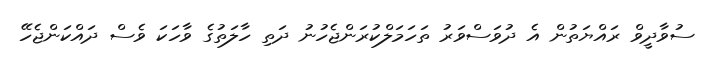
ސުވާދީވް ރައްޔަތުން އެ ދުވަސްވަރު ތަހަމަލްކުރަންޖެހުނު ދަތި ހާލަތުގެ ވާހަކަ ވެސް ދައްކަންޖެހޭ